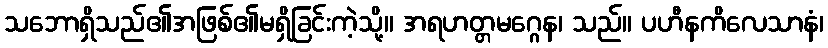
သဘောရှိသည်၏အဖြစ်၏မရှိခြင်းကဲ့သို့။ အရဟတ္တမဂ္ဂေန၊ သည်။ ပဟီနကိလေသာနံ၊